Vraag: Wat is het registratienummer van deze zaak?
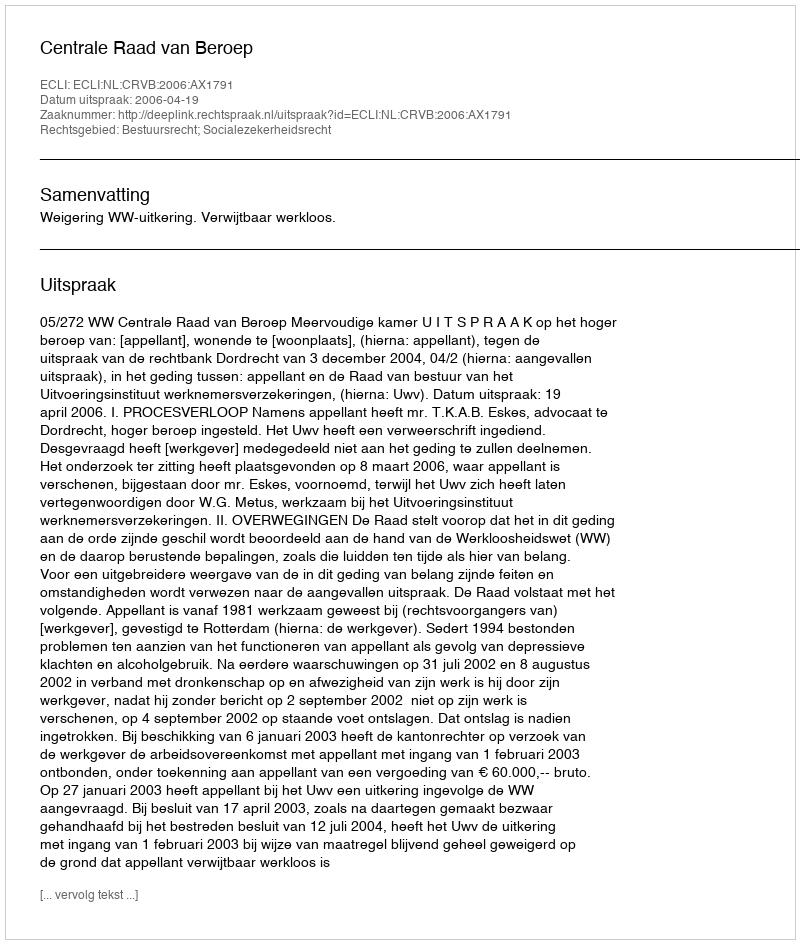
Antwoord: http://deeplink.rechtspraak.nl/uitspraak?id=ECLI:NL:CRVB:2006:AX1791